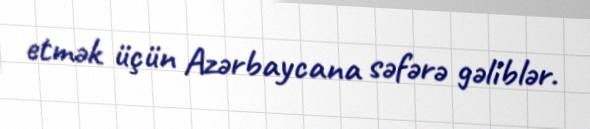
etmək üçün Azərbaycana səfərə gəliblər.